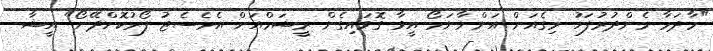
"މާދަމާ މެންދުރުފަހު މިގެއަށް އަންނާނަމޯ އީވާ ގޮވައިގެން ރީޝަމްއަށް އެމެސެޖު ފޯރުކޮށްދޭށޯ" އީޝާ